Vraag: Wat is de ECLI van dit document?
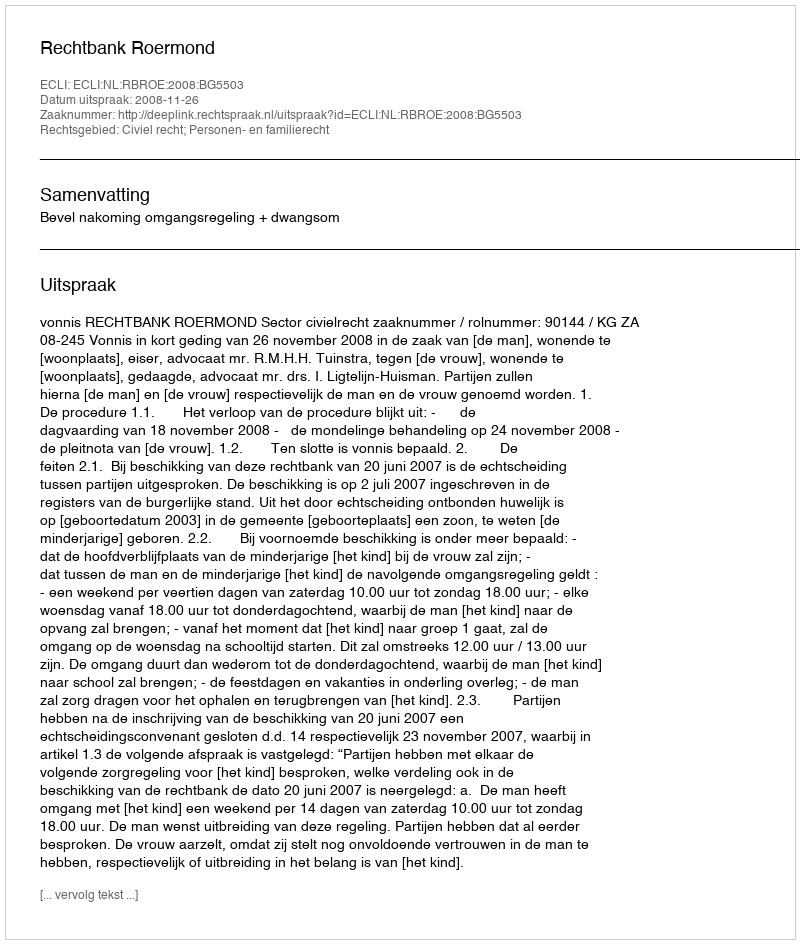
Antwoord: ECLI:NL:RBROE:2008:BG5503